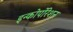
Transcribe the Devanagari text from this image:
इन्कोर्पाेरेशन